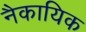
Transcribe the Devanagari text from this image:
नैकायिक